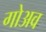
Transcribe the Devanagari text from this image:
गोअव